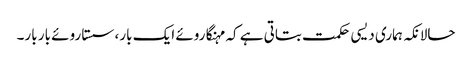
حالانکہ ہماری دیسی حکمت بتاتی ہے کہ مہنگا روئے ایک بار، سستا روئے بار بار۔